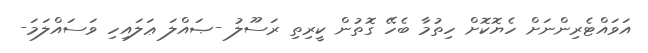
އަވައްޓެރިންނަށް ހެޔޮކޮށް ހިތުމާ ބެހޭ ގޮތުން ކީރިތި ރަސޫލު -ޞައްލަ ޢަލައިހި ވަސައްލަމަ-